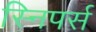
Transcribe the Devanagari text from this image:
स्निपर्स